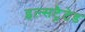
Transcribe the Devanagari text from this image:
इल्सट्रैटेड